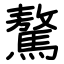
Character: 驁